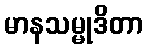
မာနသမ္မုဒိတာ